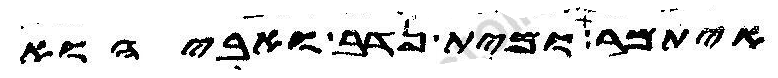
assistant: איתמר ומית נדב ואביהוא